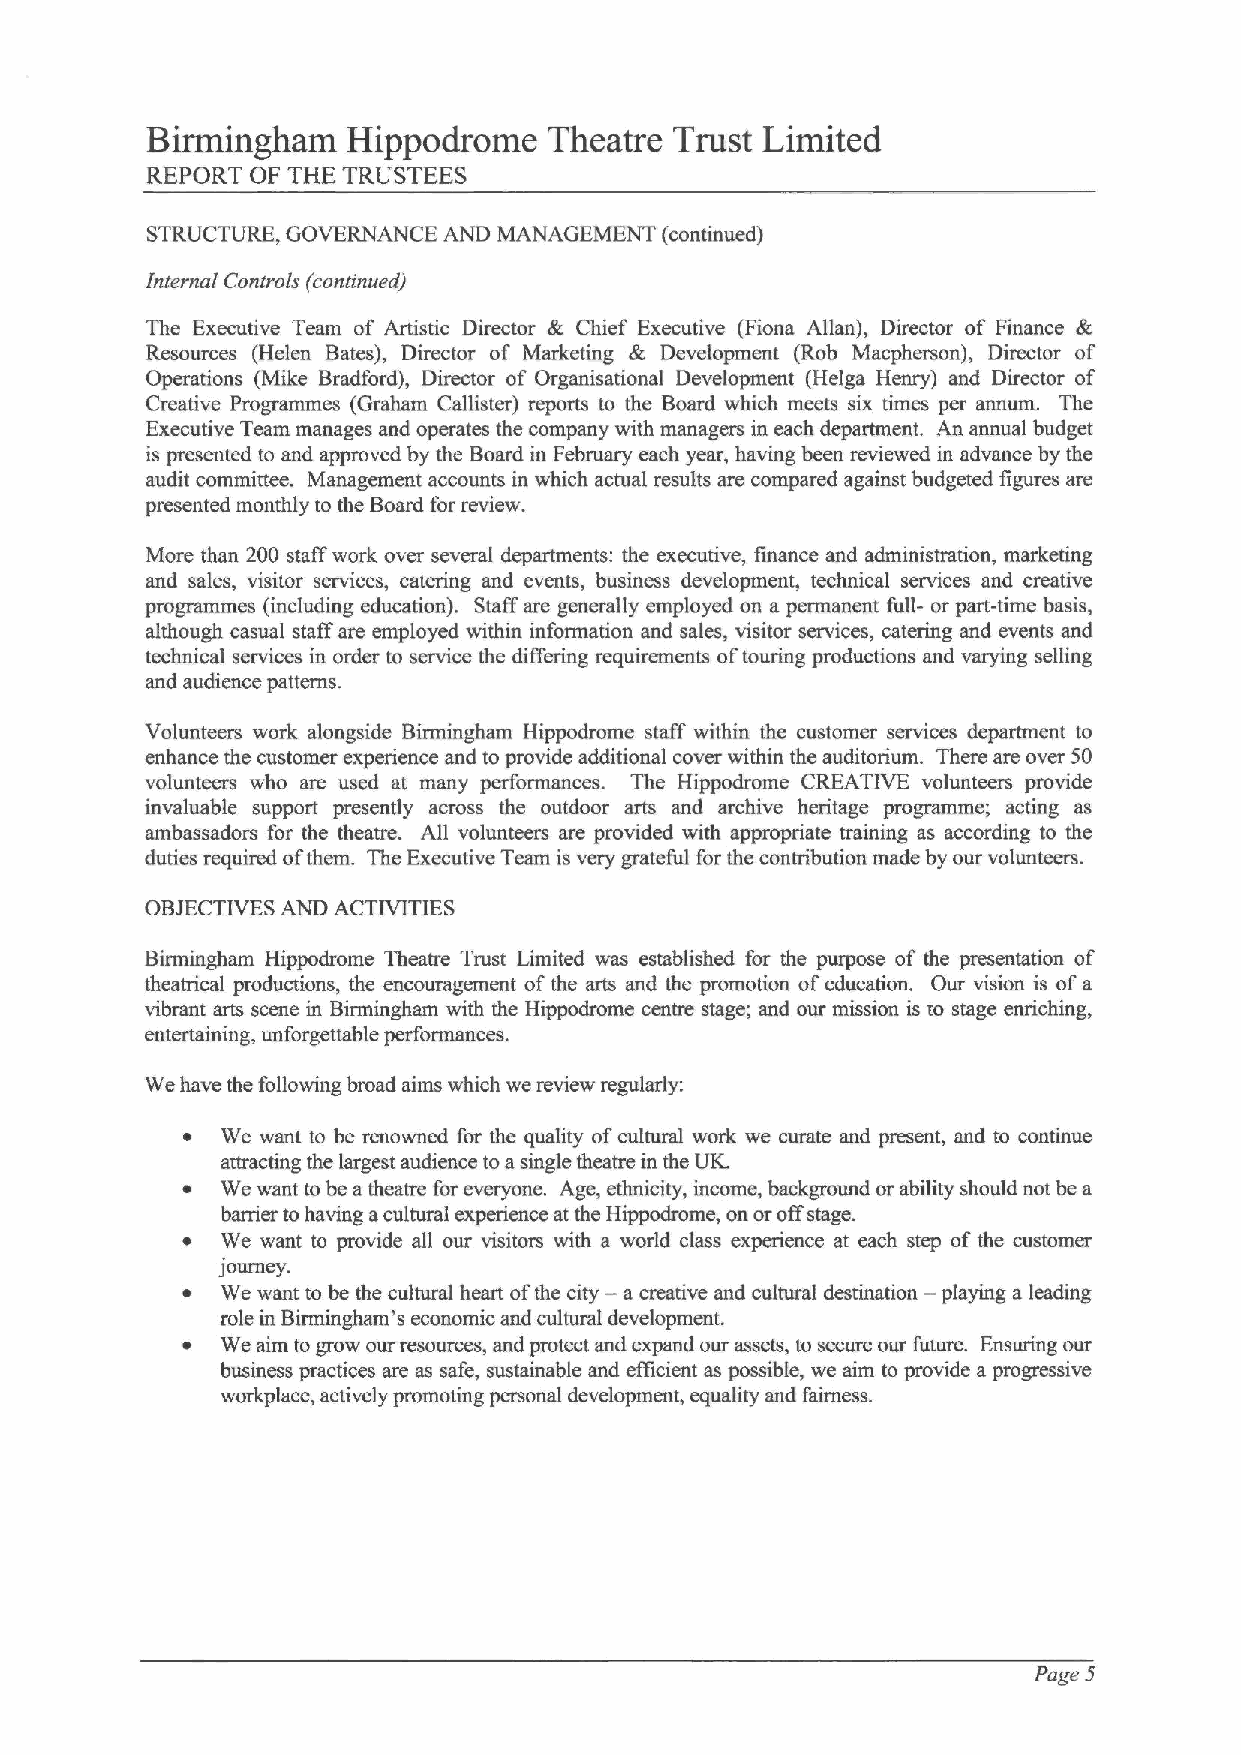
Birmingham   Hippodrome   Theatre  Trust Limited
 REPORT OF THE TRUSTEES
 STRUCTURE, GOVERNANCE AND MANAGEMENT (continued)
 Jnternal Controls (continued)
 The Executive Team of Artistic Director & Chief Executive (Fiona Allan), Director of Finance &
 Resources (Helen Bates), Director of Marketing & Development (Rob Macpherson), Director of
 Operations (Mike Bradford), Director of Organisational Development (Helga Henry) and Director of
 Creative Programmes (Graham Callister) reports to the Board which meets six times per annum. The
 Executive Team manages and operates the company with managers in each deparnnent. An annual budget
 is presented to and approved by the Board in February each year, having been reviewed in advance by the
 audit committee. Management accounts in which actual results are compared against budgeted figures are
 presented monthly to the Board for review.
 More than 200 staff work over several departments: the executive, finance and administration, marketing
 and sales, visitor services, catering and events, business development, technical services and creative
 programmes (including education). Staff are generally employed on a permanent full- or part-time basis,
 although casual staff are employed within information and sales, visitor services, catering and events and
 technical services in order to service the differing requirements oftouring productions and varying selling
 and audience patterns.
 Volunteers work alongside Birmingham Hippodrome staff within the customer services department to
 enhance the customer experience and to provide additional cover within the auditorium. There are over 50
 volunteers who are used at many performances. The Hippodrome CREATIVE volunteers provide
 invaluable support presently across the outdoor arts and archive heritage programme; acting as
 ambassadors for the theatre. All volunteers are provided with appropriate training as according to the
 duties required ofthem. The Executive Team is very grateful for the contribution made by our volunteers.
 OBJECTIVESAND ACTIVITIES
 Birmingham Hippodrome Theatre Trust Limited was established for the purpose of the presentanon of
 theatrical productions, the encouragement of the arts and the promotion ofeducation. Our vision is ofa
 vibrant arts scene in Birmingham with the Hippodrome centre stage; and our mission is to stage enriching,
 entertaining, unforgettable performances.
 We have the following broad aims which we review regularly:
 ~  We want to be renowned for the quality ofcultural work we curate and present, and to continue
 attracting the largest audience toa single theatre in the UK.
 ~  We want tobe atheatre for everyone. Age, ethnicity, income, background or ability should not be a
 barrier tohaving acultural experience at the Hippodmme, on oroffstage.
 ~  We want to provide all our visitors with a world class experience at each step of the customer
 journey.
 ~  We want to be the cultural heart ofthe city — a creative and cultural destination — playing a leading
 role in Birmingham's economic and cultural development.
 ~  We aim to grow our resources, and protect and expand our assets, to secure our future. Ensuring our
 business practices are as safe, sustainable and efficient as possible, we aim to provide a progressive
 workplace, actively promoting personal development, equality and fairness.
 Page 5